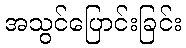
အသွင်ပြောင်းခြင်း